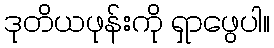
ဒုတိယဖုန်းကို ရှာဖွေပါ။